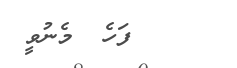
ފަހެ  މެނުވީ